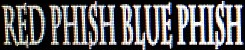
RED PYISH BLUE PHISH